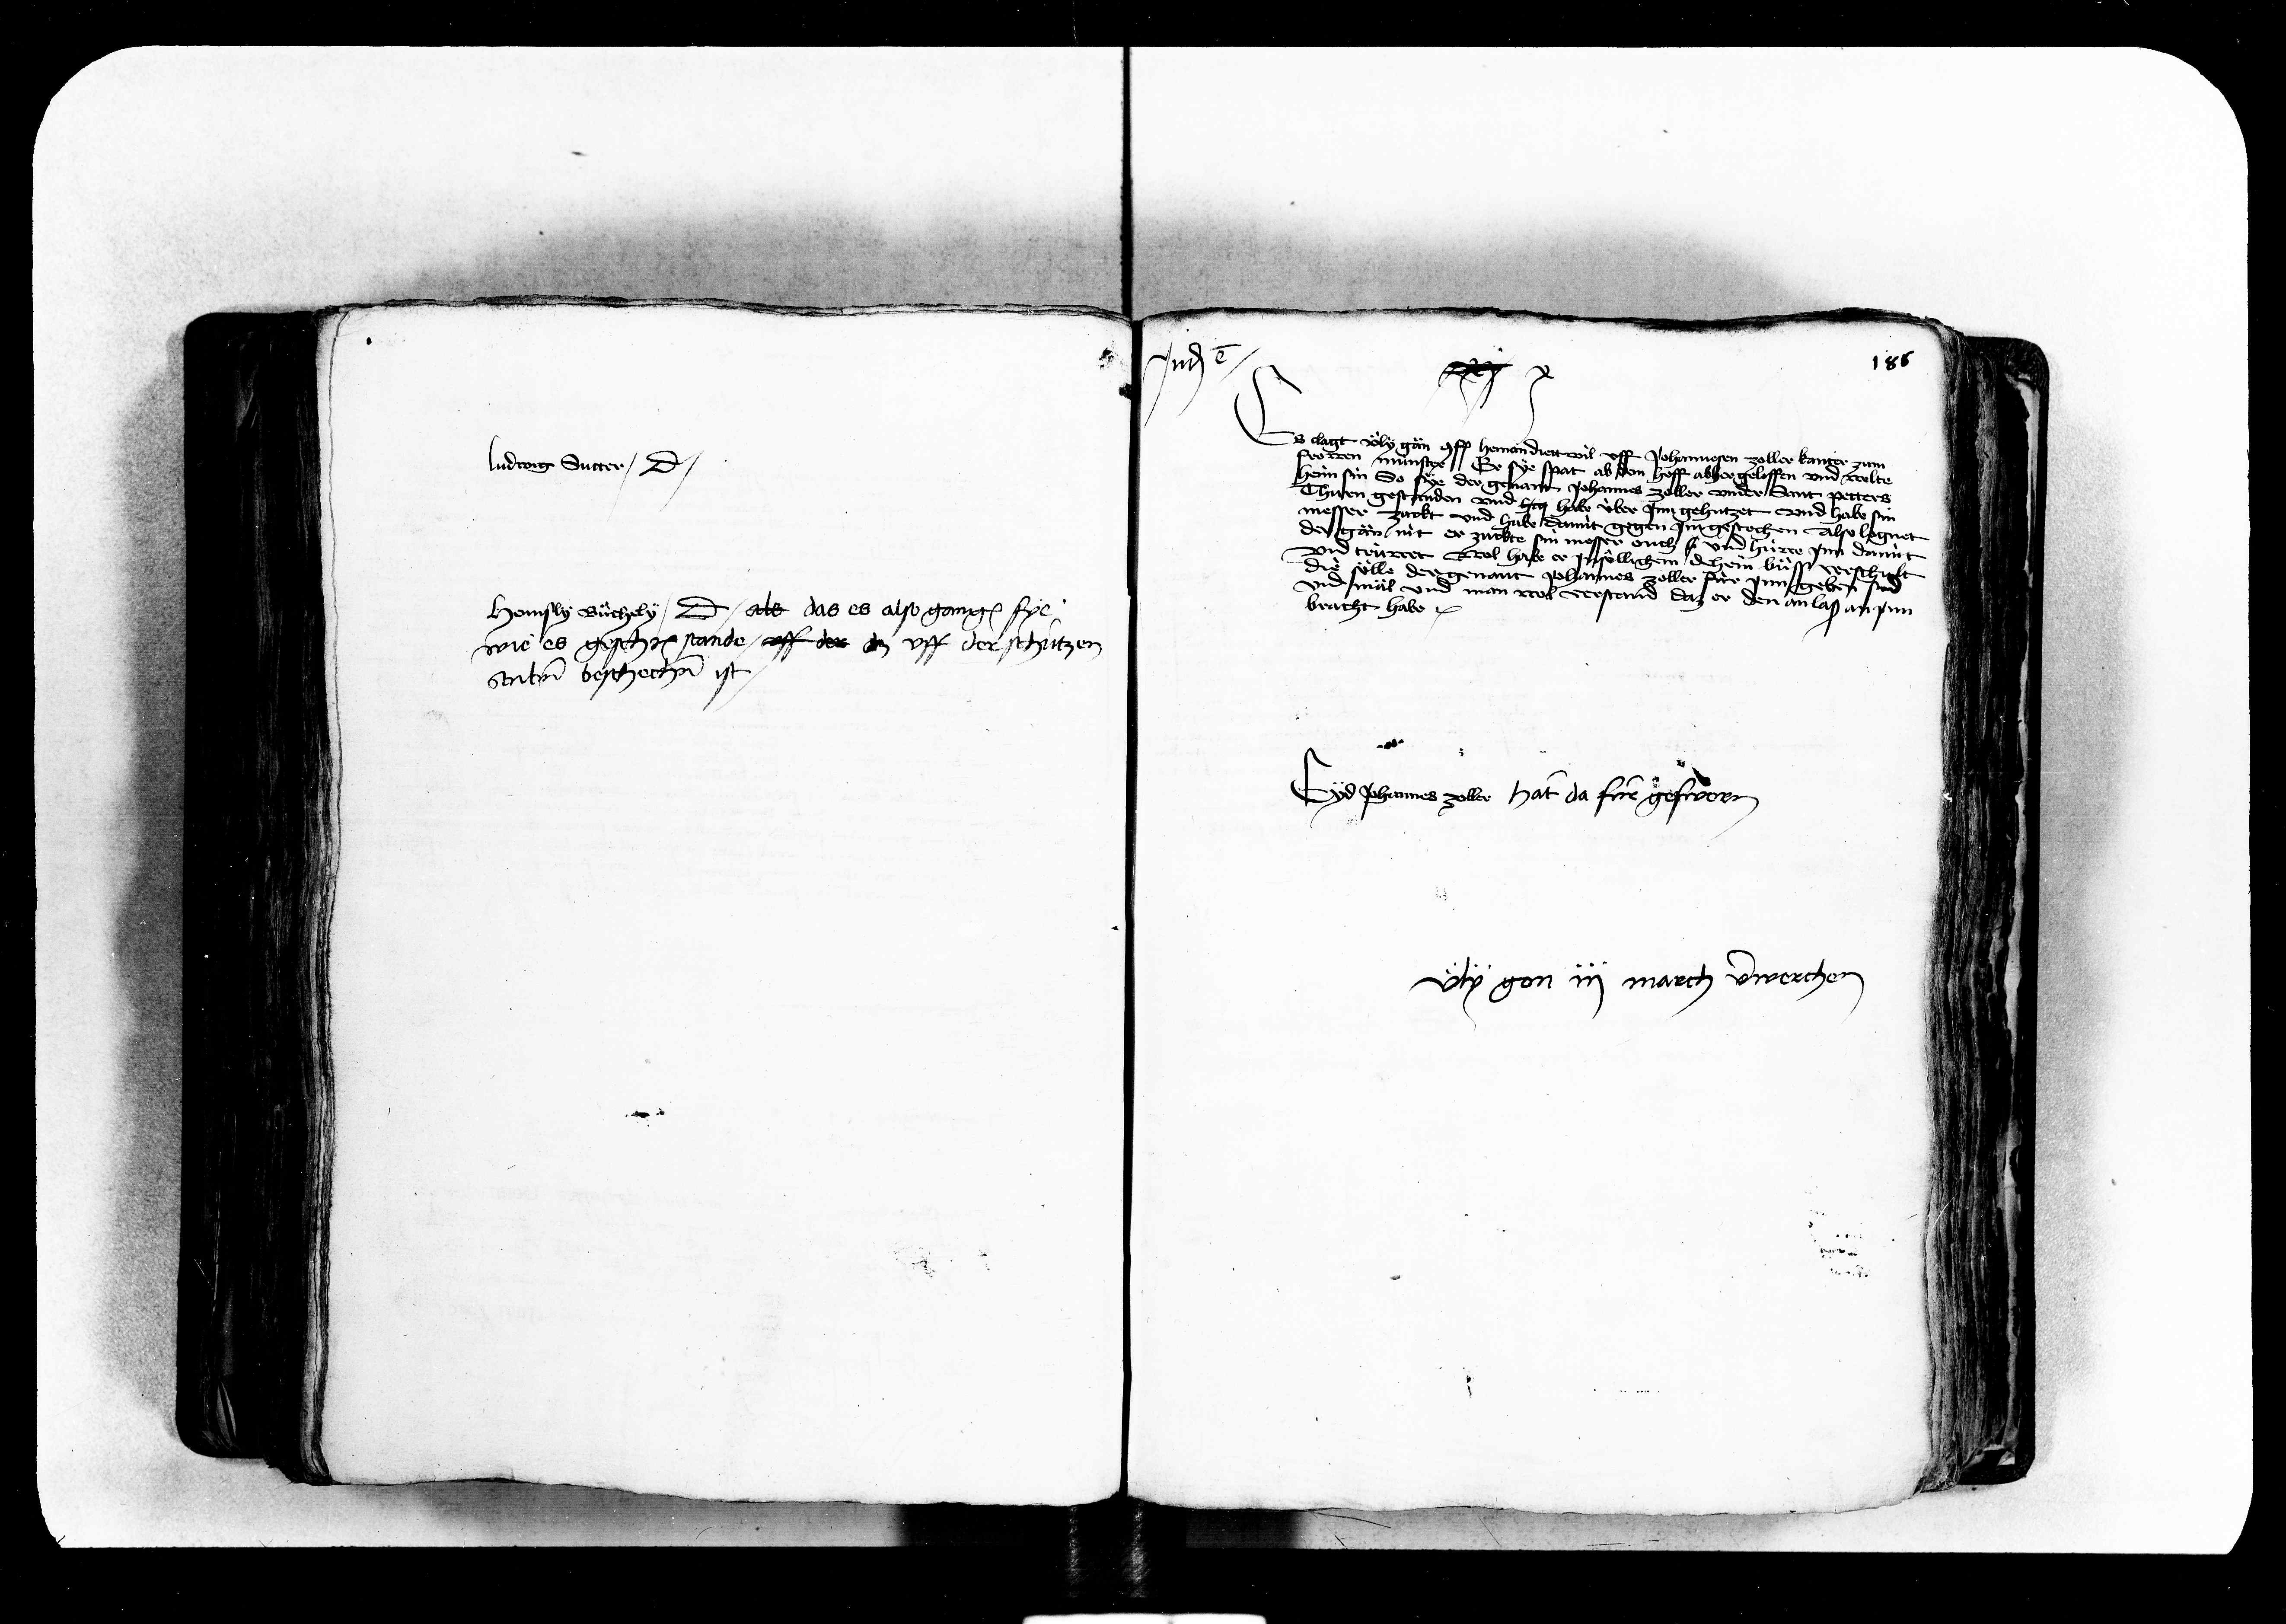
Transcription:
Ludwig Sutter dicit

77
Es clagt
an conf. heman diett wil uff Johannesen zoller kanter zu
frowen münster Er sye spat ab dem hoff abher geloffen und welte
Hein sin so sye
messer
zuckt
soelle
der
genant Johannes zoller under Sant Petters
Thurn gestanden und has habe über jnn gehutzet und habe sy
habe damit gegen jm gestochen Also lognet
der gän nit er zuckte sin messer ouch s und hüwe jnn damit
und trüwet wol habe er jn soellichem dehein buess
bracht habe
genant Johannes zoller für jnn
der
d mäl und man wol verstand daz er den anlaß an jnn

8

Hennsly Buechely dicit als das es also gangen sye
wie es geschriben stande uff der dz uff der schützen
stuben beschechen ist

yd hanns zoller hat da für gesworn

Uely gon iij march verwerchen

x